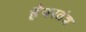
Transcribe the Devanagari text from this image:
हैंपरतंत्र